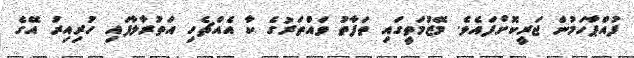
ފުއްޕާހަމުން ޖަރީކޮށްފައެވެ. މޭޒުމަތީގައި ތަފާތު ވައްތަރުގެ ކާ އެއްޗެހި އަތުރާލާފައި ހުރިއިރު އޭގެ